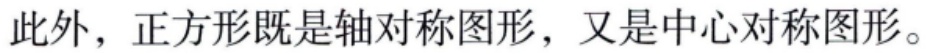
此外，正方形既是轴对称图形，又是中心对称图形。